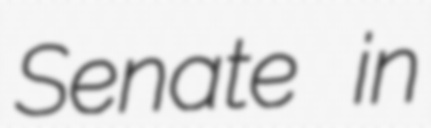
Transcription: Senate in